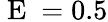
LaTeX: \mathrm{~E~}=0.5